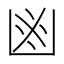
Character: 𠚍